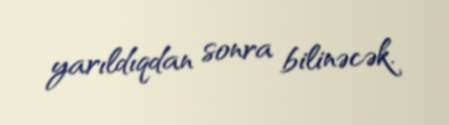
yarıldıqdan sonra bilinəcək.